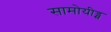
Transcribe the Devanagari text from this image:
सामोयीड्स